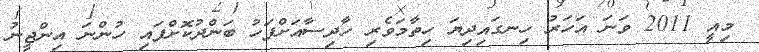
މިއީ 2011 ވަނަ އަހަރު ހިނގައިދިޔަ ހިތާމަވެރި ހާދިސާއަށްފަހު ބަންދުކޮށްފައި ހުންނަ އިންޖީނު